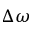
\Delta \omega